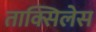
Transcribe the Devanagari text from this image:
ताक्सिलेस